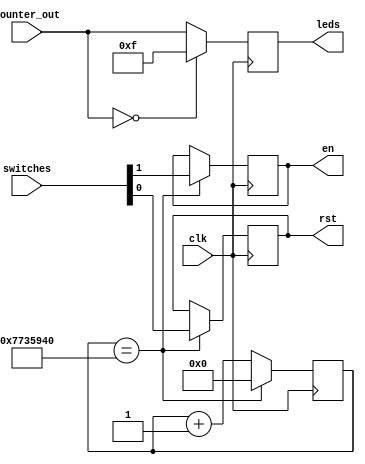
`timescale 1ns / 1ps
//////////////////////////////////////////////////////////////////////////////////
// Company: 
// Engineer: 
// 
// Design Name: 
// Module Name: driver
// Project Name: 
// Target Devices: 
// Tool Versions: 
// Description: 
// 
// Dependencies: 
// 
// Revision:
// Revision 0.01 - File Created
// Additional Comments:
// 
//////////////////////////////////////////////////////////////////////////////////


module driver(
    input clk,
    input [1:0] switches,
    input [3:0] counter_out,
    output rst,
    output en,
    output [3:0] leds
    );
    
    reg drived_rst = 1'd0;
    reg drived_en = 1'd0;
    reg [3:0] drived_leds = 4'd0;

    assign rst = drived_rst;
    assign en = drived_en;
    assign leds[3:0] = drived_leds[3:0];
    
    reg [27:0] cycles_count = 27'b0;
    
    always @(posedge clk) begin
        if(cycles_count == 28'd125000000) begin
            drived_rst <= switches[0];
            drived_en <= switches[1];
            cycles_count <= 28'd0;
        end
        else begin
            cycles_count <= cycles_count + 27'd1;
        end
        if (counter_out == 4'd0) begin
            drived_leds <= 4'd15;
        end
        else begin
            drived_leds <= counter_out;
        end 
    end
    
endmodule